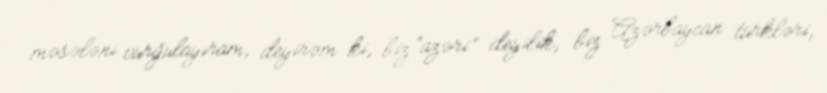
məsələni vurğulayıram, deyirəm ki, biz “azəri” deyilik, biz Azərbaycan türkləri,